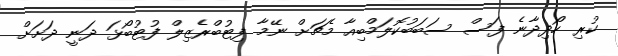
ކުރި ހޯދިދާނެ ފަސް ސަބަބުކޮލަމްބިއާ މެޗަށް ނޭމާ ފިޓުބްރެޒިލް ފުޓުބޯޅަ ދަނީ ދަށަށް